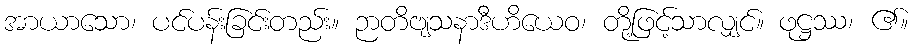
အာယာသော၊ ပင်ပန်းခြင်းတည်း။ ဉာတိဗျသနာဒီဟိယေဝ၊ တို့ဖြင့်သာလျှင်။ ဖုဋ္ဌဿ၊ ၏။